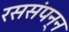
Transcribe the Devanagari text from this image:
रससंपन्न